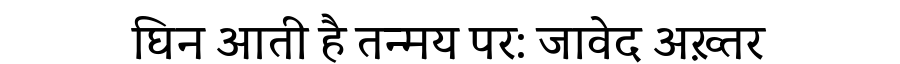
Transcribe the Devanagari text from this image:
घिन आती है तन्मय पर: जावेद अख़्तर